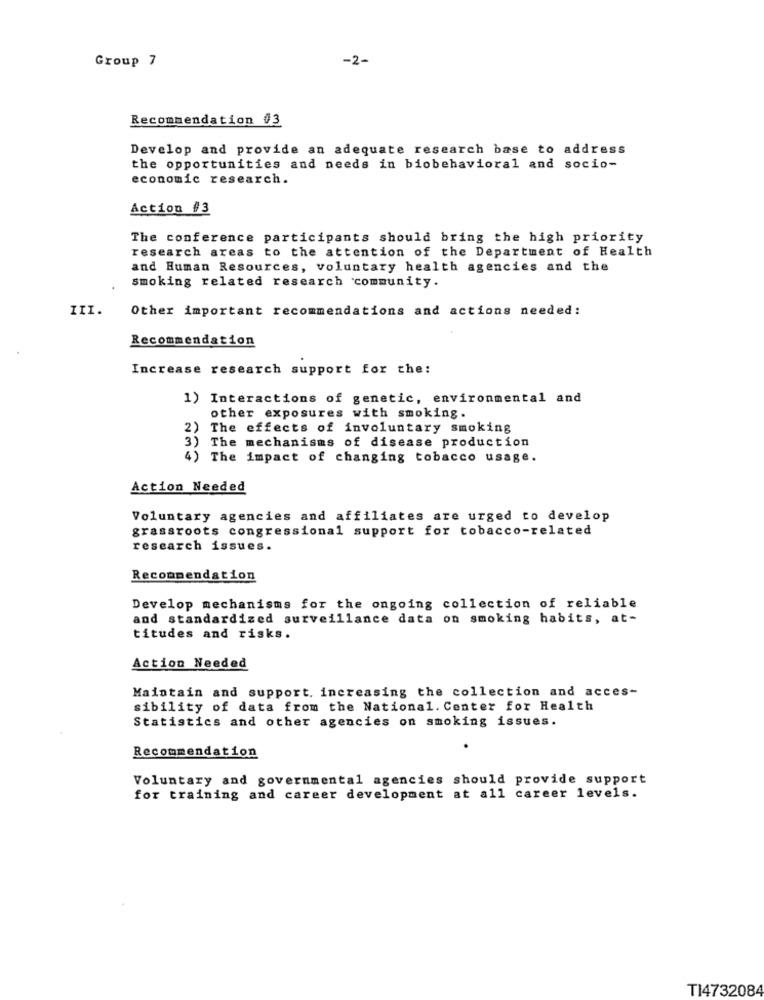
Group 7
-2-
Recommendation 03
Develop and provide an adequate research base to address
the opportunities and needs in biobehavioral and socio-
economic research.
Action #3
The conference participants should bring the high priority
research areas to the attention of the Department of Health
and Human Resources, voluntary health agencies and the
smoking related research community.
III.
Other important recommendations and actions needed:
Recommendation
Increase research support for the:
1) Interactions of genetic, environmental and
other exposures with smoking.
2)
The effects of involuntary smoking
3)
The mechanisms of disease production
4) The impact of changing tobacco usage.
Action Needed
Voluntary agencies and affiliates are urged to develop
grassroots congressional support for tobacco-related
research issues.
Recommendation
Develop mechanisms for the ongoing collection of reliable
and standardized surveillance data on smoking habits, at-
titudes and risks.
Action Needed
Maintain and support. increasing the collection and acces-
sibility of data from the National. Center for Health
Statistics and other agencies on smoking issues.
Recommendation
Voluntary and governmental agencies should provide support
for training and career development at all career levels.
TI4732084